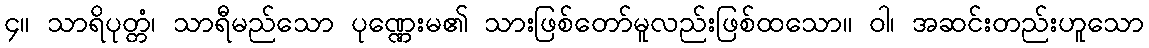
၄။ သာရိပုတ္တံ၊ သာရီမည်သော ပုဏ္ဏေးမ၏ သားဖြစ်တော်မူလည်းဖြစ်ထသော။ ဝါ၊ အဆင်းတည်းဟူသော